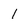
Character: 1